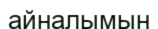
айналымын